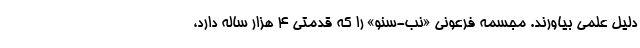
دلیل علمی بیاورند. مجسمه فرعونی «نب-سنو» را که قدمتی ۴ هزار ساله دارد،